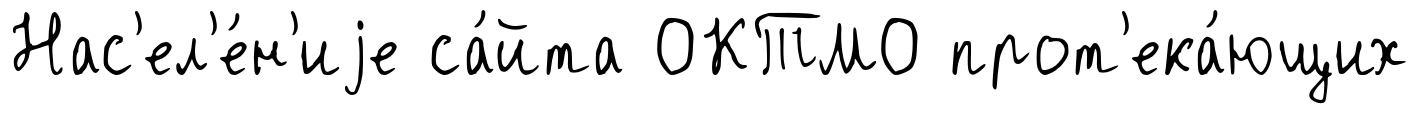
Нас'ел'е́н'иjе са́йта ОКТМО прот'ека́ющих